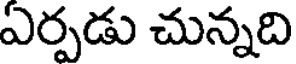
ఏర్పడు చున్నది